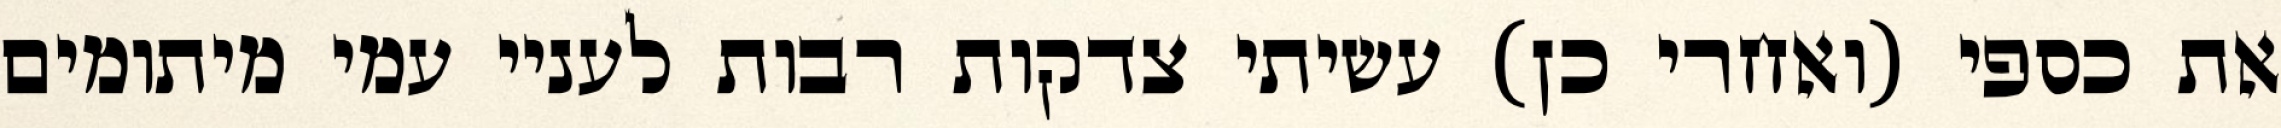
את כספי (ואחרי כן) עשיתי צדקות רבות לעניי עמי מיתומים